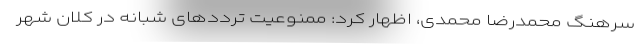
سرهنگ محمدرضا محمدی، اظهار کرد: ممنوعیت ترددهای شبانه در کلان شهر